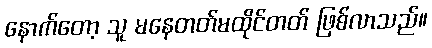
နောက်တော့ သူ မနေတတ်မထိုင်တတ် ဖြစ်လာသည်။